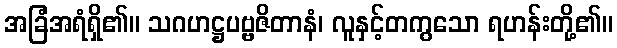
အခြံအရံရှိ၏။ သဂဟဋ္ဌပဗ္ဗဇိတာနံ၊ လူနှင့်တကွသော ရဟန်းတို့၏။